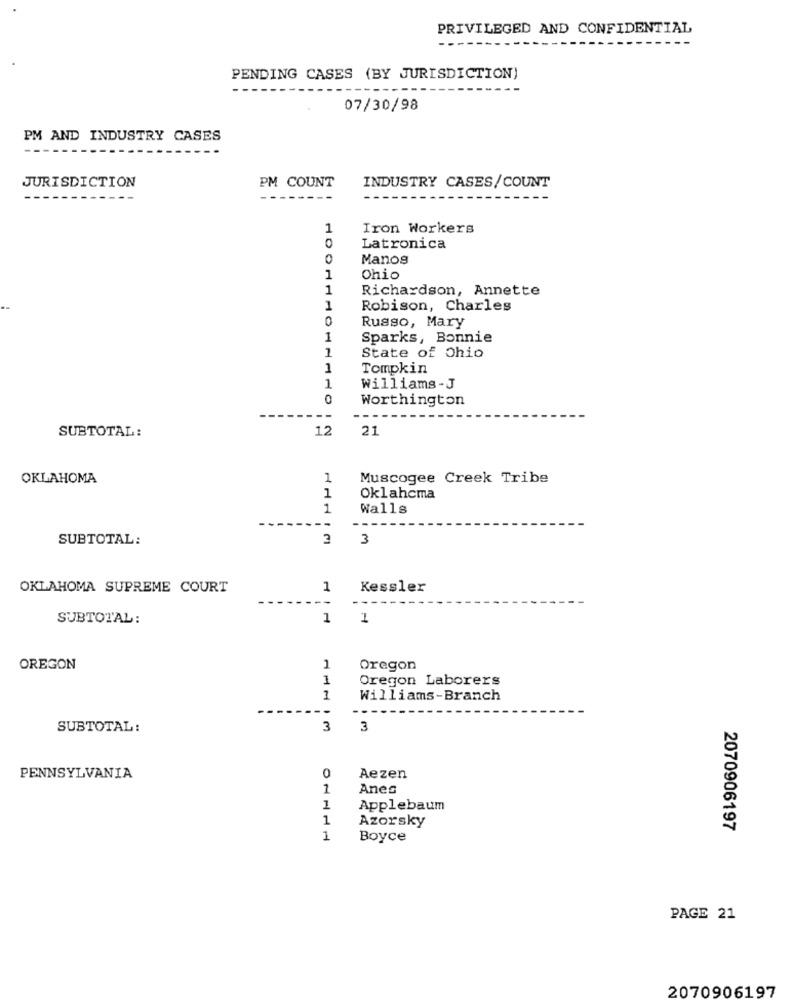
PRIVILEGED AND CONFIDENTIAL
- -
PENDING CASES (BY JURISDICTION)
07/30/98
PM AND INDUSTRY CASES
JURISDICTION
PM COUNT
INDUSTRY CASES/COUNT
-----
1
Iron Workers
0
Latronica
0
Manos
Ohio
1
1
Richardson, Annette
1
Robison, Charles
0
Russo, Mary
1
Sparks, Bonnie
1
State of Ohio
1
Tompkin
1
Williams-J
0
Worthington
---
12
21
SUBTOTAL:
OKLAHOMA
1
Muscogee Creek Tribe
1
Oklahoma
1
Walls
SUBTOTAL:
3
OKLAHOMA SUPREME COURT
1
Kessler
SUBTOTAL :
1
1
OREGON
1
Oregon
1
Oregon Laborers
Williams-Branch
SUBTOTAL:
3
3
PENNSYLVANIA
0
Aezen
1
Anes
1
Applebaum
1
Azorsky
2070906197
1
Boyce
PAGE 21
2070906197